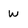
Character: w